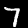
Digit: 7